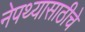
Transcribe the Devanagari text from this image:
नेपथ्यासाठीचे